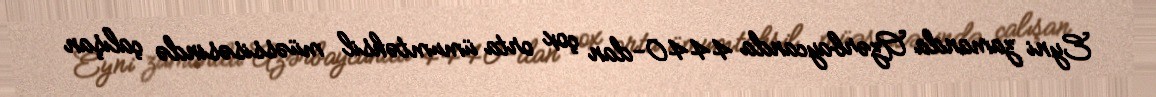
Eyni zamanda Azərbaycanda 4440-dan çox orta ümumtəhsil müəssisəsində çalışan